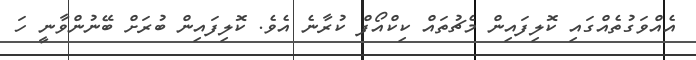
އެއްވަގުތެއްގައި ކޮލިފައިން މެޗުތައް ކިކްއޯފް ކުރާނެ އެވެ. ކޮލިފައިން ބުރަށް ބޭނުންވާނީ ހަ